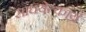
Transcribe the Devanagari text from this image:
साधयेत्कार्यं